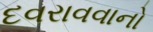
દવરાવવાનો